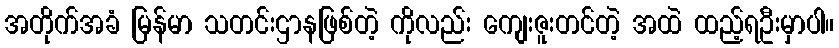
အတိုက်အခံ မြန်မာ သတင်းဌာနဖြစ်တဲ့ ကိုလည်း ကျေးဇူးတင်တဲ့ အထဲ ထည့်ရဦးမှာပါ။